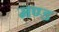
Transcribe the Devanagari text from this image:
मण्ड